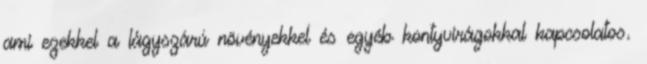
ami ezekkel a lágyszárú növényekkel és egyéb kontyvirágokkal kapcsolatos.